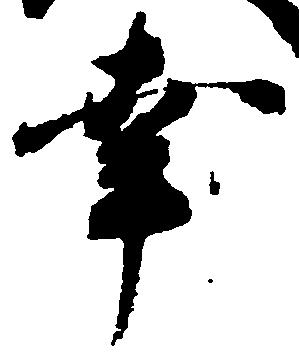
幸